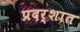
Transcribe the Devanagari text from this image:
प्रदर्शात